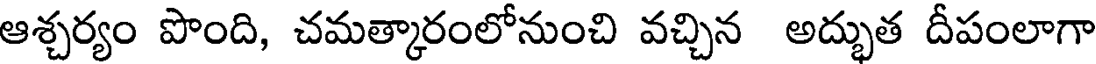
ఆశ్చర్యం పొంది, చమత్కారంలోనుంచి వచ్చిన అద్భుత దీపంలాగా